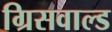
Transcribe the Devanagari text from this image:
ग्रिसवाल्ड